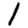
Digit: 1